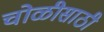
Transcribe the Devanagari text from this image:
चोळीसाठी